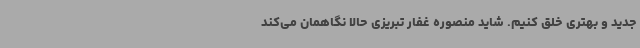
جدید و بهتری خلق کنیم. شاید منصوره غفار تبریزی حالا نگاهمان می‌کند